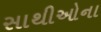
સાથીઓના